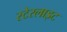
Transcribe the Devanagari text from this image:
स्टेरलाइट